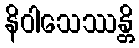
နိဝါသေဿန္တိ